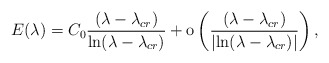
\begin{align*} E (\lambda) = C_0 \frac{(\lambda- \lambda_{cr})}{\ln (\lambda-\lambda_{cr})} + \textnormal{\hbox{o}} \left( \frac{(\lambda- \lambda_{cr})}{\left| \ln (\lambda-\lambda_{cr})\right|}\right) , \end{align*}